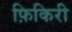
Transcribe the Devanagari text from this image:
फ़िकिरी